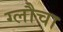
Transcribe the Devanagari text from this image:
ग्लौचा